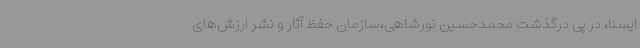
ایسنا، در پی درگذشت محمدحسین نورشاهی،سازمان حفظ آثار و نشر ارزش‌های